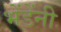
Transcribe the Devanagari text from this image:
भेंडेंनी